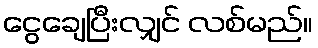
ငွေချေပြီးလျှင် လစ်မည်။